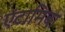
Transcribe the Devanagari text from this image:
एंटामिबा